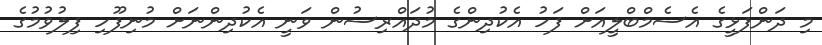
މި ދަންފަޅީގެ އެސެމްބްލީއަށް ފަހު އެކުދިންގެ މުދައްރިސުން ވަނީ އެކުދިންނަށް މުނިފޫހި ފިލުވުމުގެ